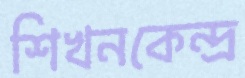
শিখনকেন্দ্র